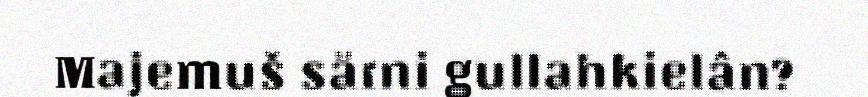
Majemuš särni gullahkielân?